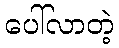
ပေါ်လာတဲ့